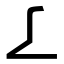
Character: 𠄏